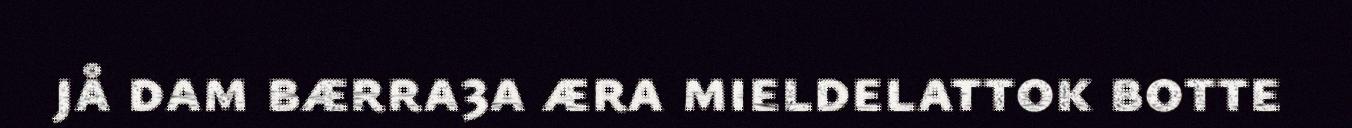
jå dam bærra3a æra mieldelattok botte